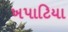
ખપાટિયા